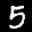
Label: 5